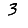
Digit: 3